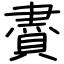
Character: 賮